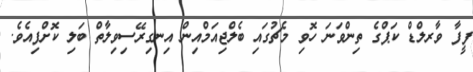
ފީފާ ވާރލްޑް ކަޕްގެ ތިންވަނަ ހޮވި މެޗުގައި ބެލްޖިއަމްއިން އިނގިރޭސިވިލާތް ބަލި ކޮށްފިއެވެ.